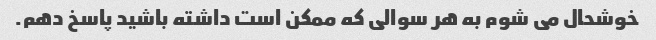
خوشحال می شوم به هر سوالی که ممکن است داشته باشید پاسخ دهم.